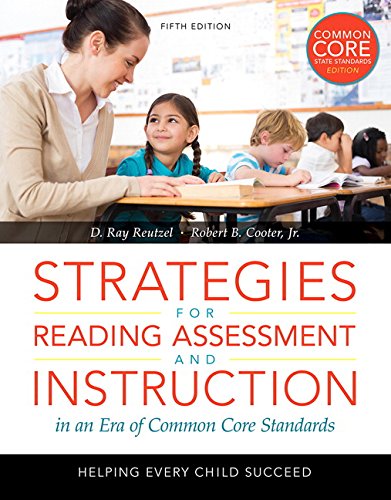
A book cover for Strategies for Reading Assessment and Instruction in an Era of Common Core Standards: Helping Every Child Succeed, Pearson eText with Loose-Leaf Version - Access Card Package (5th Edition); D. Ray Reutzel; Education & Teaching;